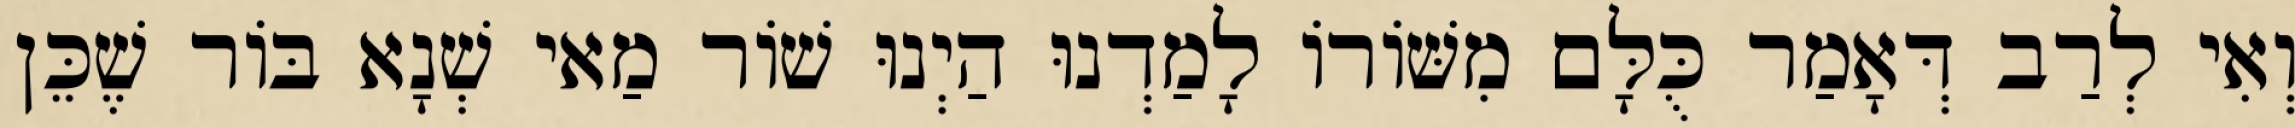
וְאִי לְרַב דְּאָמַר כֻּלָּם מִשּׁוֹרוֹ לָמַדְנוּ הַיְנוּ שׁוֹר מַאי שְׁנָא בּוֹר שֶׁכֵּן